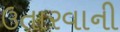
ઉતારવાની